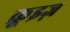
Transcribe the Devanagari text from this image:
क्रूइज़